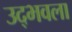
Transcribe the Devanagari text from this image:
उद्‍भवला